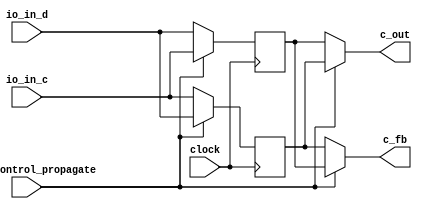
`timescale 1ns / 1ps
module double_buffer(
input clock,
input io_in_control_propagate,//CTL_PROP
input [15:0]io_in_d,//D
input [15:0]io_in_c,//C
output [15:0] c_fb, //C_FB
output [15:0] c_out//C_OUT
    );
reg [15:0] c1_s; 
reg [15:0] _RAND_00;
reg [15:0] c2_s;
reg [15:0] _RAND_10;

//Initialization
`ifdef RANDOMIZE_GARBAGE_ASSIGN
`define RANDOMIZE
`endif
`ifdef RANDOMIZE_INVALID_ASSIGN
`define RANDOMIZE
`endif
`ifdef RANDOMIZE_REG_INIT
`define RANDOMIZE
`endif
`ifdef RANDOMIZE_MEM_INIT
`define RANDOMIZE
`endif
`ifndef RANDOM
`define RANDOM $random
`endif
`ifdef RANDOMIZE_MEM_INIT
  integer initvar;
`endif
initial begin
  `ifdef RANDOMIZE
    `ifdef INIT_RANDOM
      `INIT_RANDOM
    `endif
    `ifndef VERILATOR
      `ifdef RANDOMIZE_DELAY
        #`RANDOMIZE_DELAY begin end
      `else
        #0.002 begin end
      `endif
    `endif
  `ifdef RANDOMIZE_REG_INIT
  _RAND_00 = {1{`RANDOM}};
  c1_s = _RAND_00[15:0];
  `endif // RANDOMIZE_REG_INIT
  `ifdef RANDOMIZE_REG_INIT
  _RAND_01 = {1{`RANDOM}};
   c2_s = _RAND_01[15:0];
  `endif // RANDOMIZE_REG_INIT
  `endif // RANDOMIZE
end


always @(posedge clock) 
begin
 if (io_in_control_propagate)
	  begin
        c1_s <= io_in_d;
      end 
 else 
      begin
        c1_s <= io_in_c;
      end
if (!io_in_control_propagate) 
	  begin
        c2_s <= io_in_d;
      end 
 else 
	  begin
        c2_s <= io_in_c;
	  end
end

assign c_fb =io_in_control_propagate?c2_s:c1_s;
assign c_out=!io_in_control_propagate?c2_s:c1_s;
endmodule